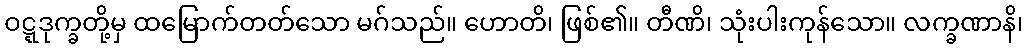
ဝဋ္ဋဒုက္ခတို့မှ ထမြောက်တတ်သော မဂ်သည်။ ဟောတိ၊ ဖြစ်၏။ တီဏိ၊ သုံးပါးကုန်သော။ လက္ခဏာနိ၊